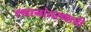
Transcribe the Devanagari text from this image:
स्थानांतरणाची